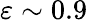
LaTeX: \varepsilon\sim 0.9